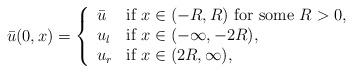
LaTeX: \begin{align*}\begin{aligned}\bar{u}(0,x)=\left\{ \begin{array}{ll} \bar{u} & \mbox{if $x\in (-R,R)$ for some $R>0$},\\ u_l & \mbox{if $x \in (-\infty, -2R)$},\\ u_r & \mbox{if $x \in (2R, \infty)$},\end{array} \right.\end{aligned}\end{align*}